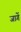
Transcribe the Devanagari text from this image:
जागें